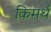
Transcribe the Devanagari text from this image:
किमर्थ